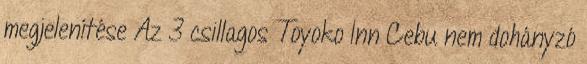
megjelenítése Az 3 csillagos Toyoko Inn Cebu nem dohányzó